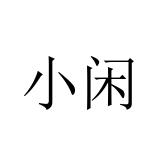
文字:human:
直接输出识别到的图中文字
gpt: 小闲